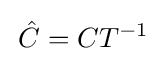
\,{\hat {C}}=C{T}^{-1}